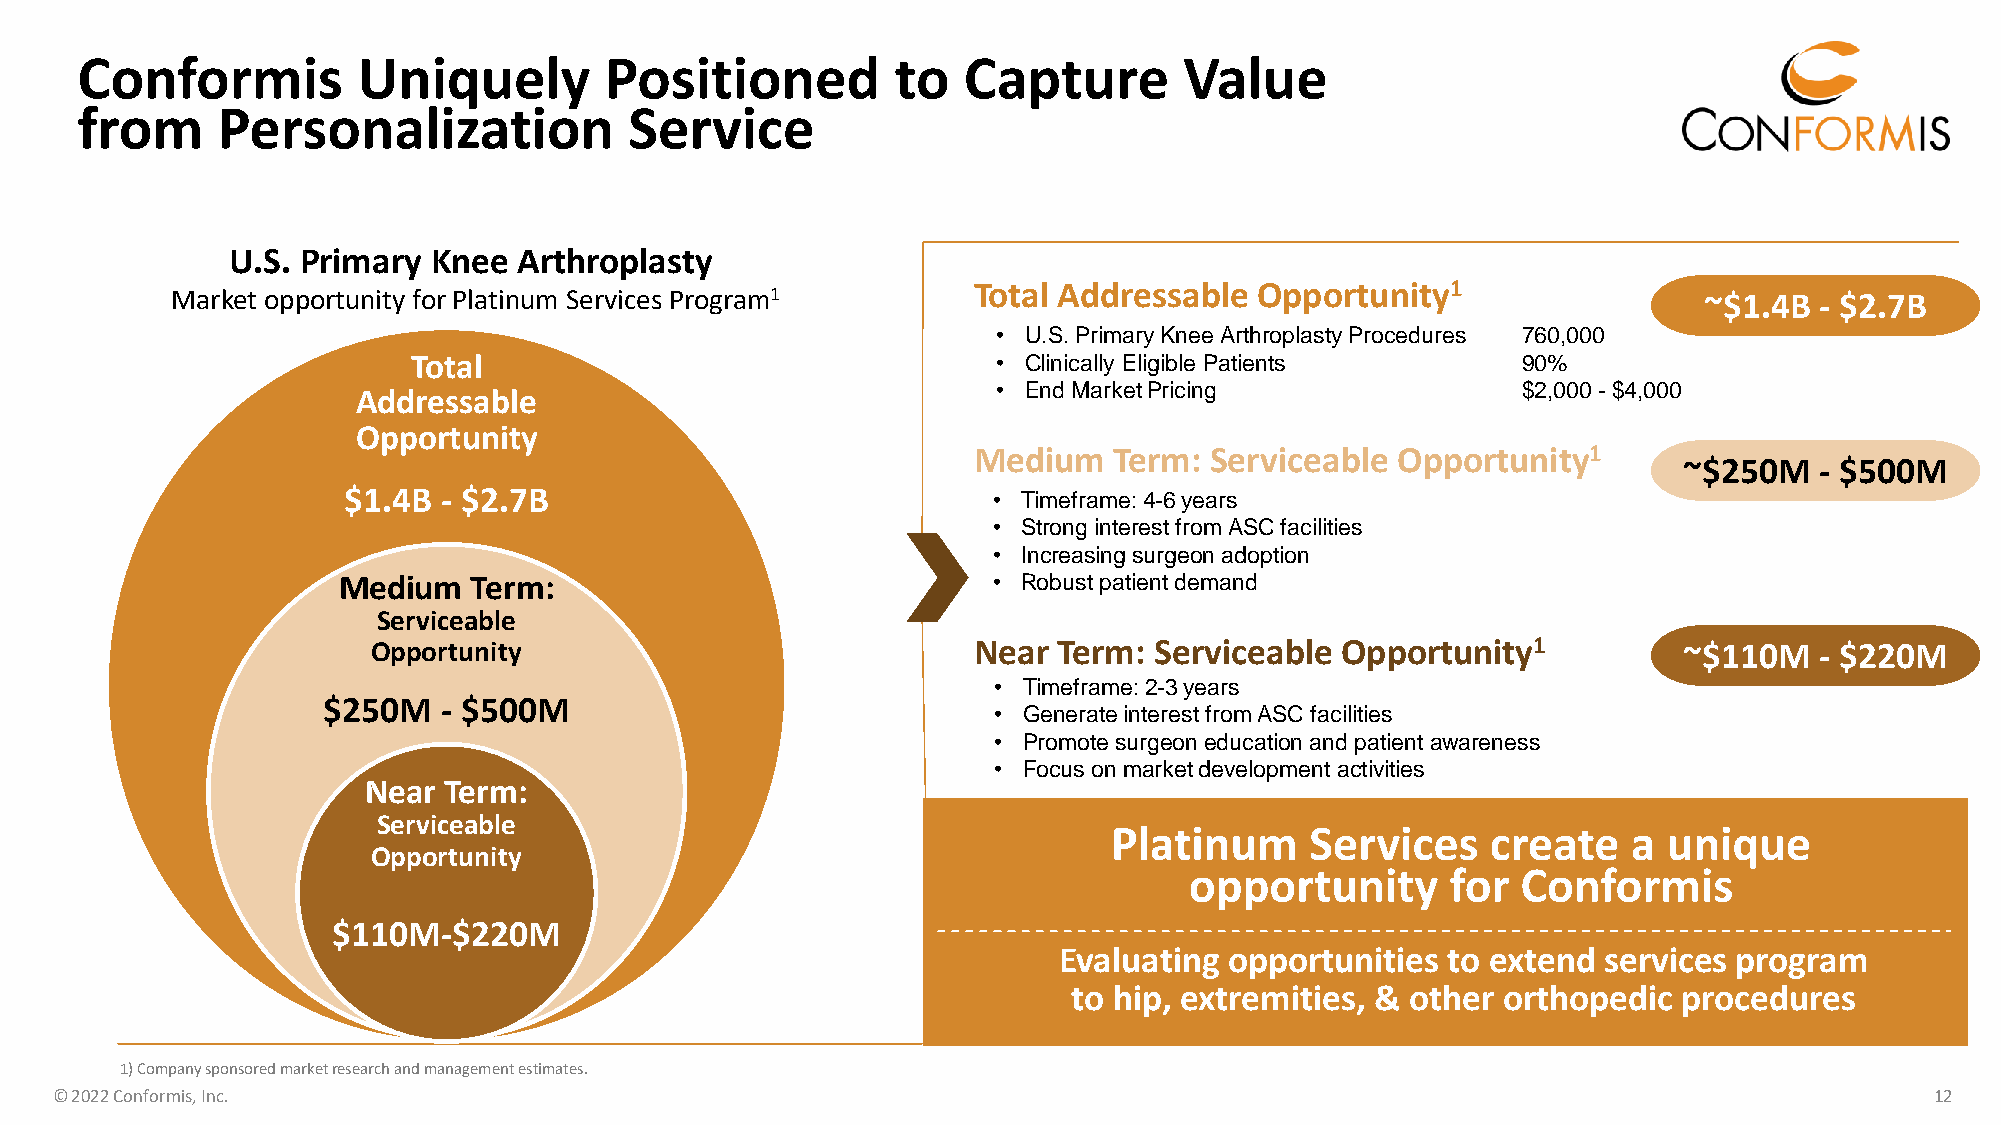
Conformis          Uniquely        Positioned         to   Capture       Value
 from     Personalization             Service
 U.S. Primary  Knee Arthroplasty
 Total Addressable  Opportunity1
 Market opportunity for Platinum Services Program1                                                     ~$1.4B - $2.7B
 • U.S. Primary Knee Arthroplasty Procedures 760,000
 Total                                  • Clinically Eligible Patients     90%
 • End MarketPricing                $2,000 -$4,000
 Addressable
 Opportunity
 Medium    Term: Serviceable Opportunity1
 ~$250M   - $500M
 $1.4B - $2.7B                              • Timeframe: 4-6 years
 • Strong interest from ASC facilities
 • Increasing surgeon adoption
 Medium   Term:                              • Robust patient demand
 Serviceable
 Opportunity                            Near  Term: Serviceable  Opportunity1          ~$110M   - $220M
 • Timeframe: 2-3 years
 $250M   - $500M
 • Generate interest from ASC facilities
 • Promote surgeon education and patient awareness
 • Focus on market development activities
 Near Term:
 Serviceable
 Platinum     Services    create   a unique
 Opportunity
 opportunity      for  Conformis
 $110M-$220M
 Evaluating opportunities  to extend services program
 to hip, extremities, & other orthopedic procedures
 1) Company sponsored market research and management estimates.
 © 2022 Conformis, Inc.                                                                                                       12